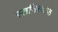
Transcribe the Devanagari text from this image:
स्तनिस्वाफ